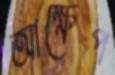
আক্ষেপ